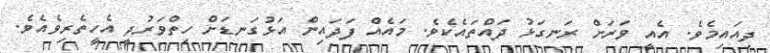
ދިއައިމެވެ. އެއީ ވަރަށް ރަނގަޅު ދައްތައެކެވެ. މައެއް ފަދައިން އަޅުގަނޑަށް ހިތްވަރުދީ އެހީތެރިވެއެވެ.